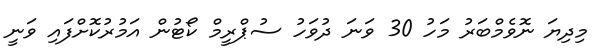
މިދިޔަ ނޮވެމްބަރު މަހު 30 ވަނަ ދުވަހު ސުޕްރީމް ކޯޓުން އަމުރުކޮށްފައި ވަނީ